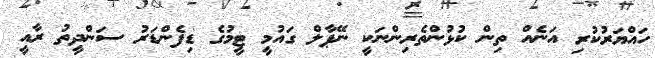
ހައްޔަރުކުރި އަނެއް ތިން ކުޅުންތެރިންނަކީ ނޭޕާލް ގައުމީ ޓީމުގެ ޑިފެންޑަރު ސަންދީތު ރާއީ